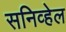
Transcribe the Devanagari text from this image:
सनिव्हेल